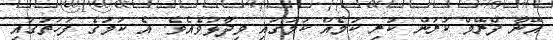
އޭނާ ފްރޭމް ކުރަން ކުރި ކަމެއް ކަމުގައި ވިދާޅުވެއެވެ. އެ ކަމުގެ ފަހަތުގައި